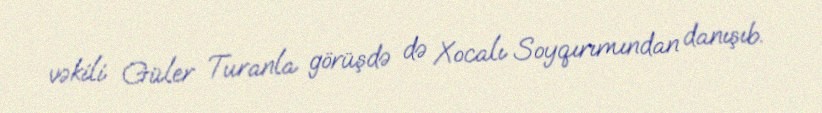
vəkili Güler Turanla görüşdə də Xocalı Soyqırımından danışıb.